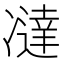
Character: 𰄍